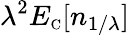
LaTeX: \lambda^{2}E_{\scriptscriptstyle\mathrm{C}}[n_{1/\lambda}]